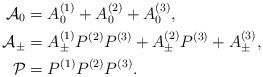
LaTeX: \begin{align*}\mathcal{A}_0&=A_{0}^{(1)}+A_{0}^{(2)}+A_0^{(3)},\\\mathcal{A}_{\pm}&=A_{\pm}^{(1)}P^{(2)}P^{(3)}+A_{\pm}^{(2)}P^{(3)}+A_{\pm}^{(3)},\\\mathcal{P}&=P^{(1)}P^{(2)}P^{(3)}.\end{align*}